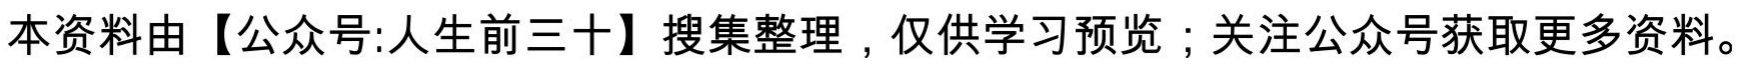
本资料由【公众号:人生前三十】搜集整理，仅供学习预览；关注公众号获取更多资料。